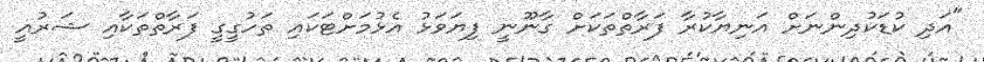
"އަދި ކުޑަކުދިންނަށް އަނިޔާކުރާ ފަރާތްތަކަށް ގާނޫނީ ފިޔަވަޅު އެޅުމަށްޓަކައި ތަހުގީގީ ފަރާތްތަކާއި ޝަރުއީ